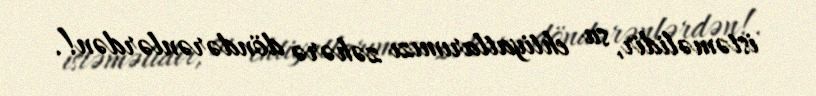
istəməlidir, su ehtiyatlarımızı zəhərə döndərənlərdən!.